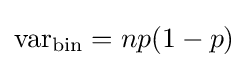
{\text{var}}_{\text{bin}}=np(1-p)